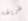
ظريفا